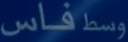
فاس وسط